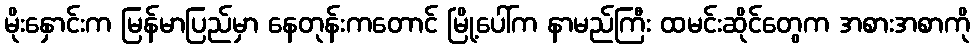
မိုးနှောင်းက မြန်မာပြည်မှာ နေတုန်းကတောင် မြို့ပေါ်က နာမည်ကြီး ထမင်းဆိုင်တွေက အစားအစာကို